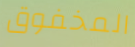
المخفوق